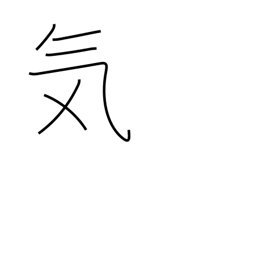
Meaning: spirit